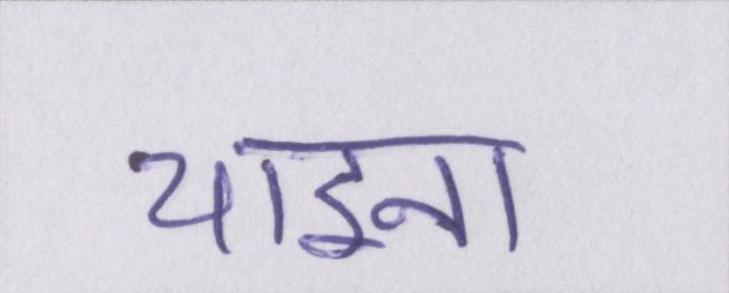
चाइना